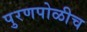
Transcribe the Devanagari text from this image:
पुरणपोळीच